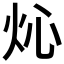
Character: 𤆸